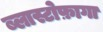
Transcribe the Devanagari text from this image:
ब्लास्टोफ़ागा